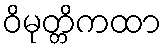
ဝိမုတ္တိကထာ